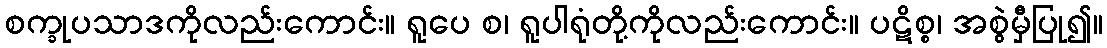
စက္ခုပသာဒကိုလည်းကောင်း။ ရူပေ စ၊ ရူပါရုံတို့ကိုလည်းကောင်း။ ပဋိစ္စ၊ အစွဲမှီပြု၍။